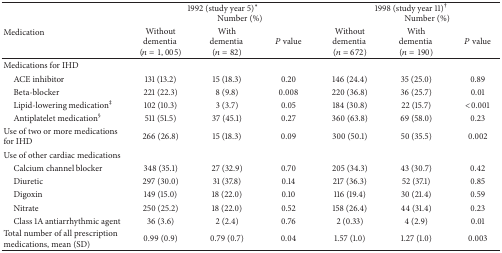
<table><thead><tr><td rowspan="2"><b>Medication</b></td><td colspan="3"><b>1992 (study year 5)* Number (%)</b></td><td colspan="3"><b>1998 (study year 11)<sup>†</sup> Number (%)</b></td></tr><tr><td><b>Without dementia(<i>n</i> = 1,005)</b></td><td><b>With dementia(<i>n</i> = 82)</b></td><td><b><i>P</i> value</b></td><td><b>Without dementia(<i>n</i> = 672)</b></td><td><b>With dementia(<i>n</i> = 190)</b></td><td><b><i>P</i> value</b></td></tr></thead><tbody><tr><td>Medications for IHD</td><td> </td><td> </td><td> </td><td> </td><td> </td><td> </td></tr><tr><td> ACE inhibitor</td><td> 131 (13.2)</td><td> 15 (18.3)</td><td>0.20</td><td> 146 (24.4)</td><td>35 (25.0)</td><td>0.89</td></tr><tr><td> Beta-blocker</td><td> 221 (22.3)</td><td> 8 (9.8)</td><td>0.008</td><td> 220 (36.8)</td><td>36 (25.7)</td><td>0.01</td></tr><tr><td> Lipid-lowering medication<sup>‡</sup></td><td> 102 (10.3)</td><td> 3 (3.7)</td><td>0.05</td><td> 184 (30.8)</td><td>22 (15.7)</td><td>&lt;0.001</td></tr><tr><td> Antiplatelet medication<sup>§</sup></td><td> 511 (51.5)</td><td> 37 (45.1)</td><td>0.27</td><td> 360 (63.8)</td><td>69 (58.0)</td><td>0.23</td></tr><tr><td>Use of two or more medications for IHD</td><td> 266 (26.8)</td><td> 15 (18.3)</td><td>0.09</td><td> 300 (50.1)</td><td>50 (35.5)</td><td> 0.002</td></tr><tr><td>Use of other cardiac medications</td><td> </td><td> </td><td> </td><td> </td><td> </td><td> </td></tr><tr><td> Calcium channel blocker</td><td> 348 (35.1)</td><td> 27 (32.9)</td><td>0.70</td><td> 205 (34.3)</td><td>43 (30.7)</td><td>0.42</td></tr><tr><td> Diuretic</td><td> 297 (30.0)</td><td> 31 (37.8)</td><td>0.14</td><td> 217 (36.3)</td><td>52 (37.1)</td><td>0.85</td></tr><tr><td> Digoxin</td><td> 149 (15.0)</td><td> 18 (22.0)</td><td>0.10</td><td> 116 (19.4)</td><td>30 (21.4)</td><td>0.59</td></tr><tr><td> Nitrate</td><td> 250 (25.2)</td><td> 18 (22.0)</td><td>0.52</td><td> 158 (26.4)</td><td>44 (31.4)</td><td>0.23</td></tr><tr><td> Class 1A antiarrhythmic agent</td><td> 36 (3.6)</td><td> 2 (2.4)</td><td>0.76</td><td> 2 (0.33)</td><td>4 (2.9)</td><td>0.01</td></tr><tr><td>Total number of all prescription medications, mean (SD)</td><td>0.99 (0.9)</td><td> 0.79 (0.7)</td><td>0.04</td><td>1.57 (1.0)</td><td>1.27 (1.0)</td><td> 0.003</td></tr></tbody></table>